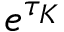
e ^ { \tau _ { K } }